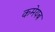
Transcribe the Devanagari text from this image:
कमेयब